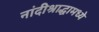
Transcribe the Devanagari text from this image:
नांदीश्राद्धामध्ये